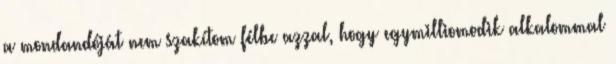
a mondandóját nem szakítom félbe azzal, hogy egymilliomodik alkalommal